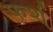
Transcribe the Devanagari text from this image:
फर्श्